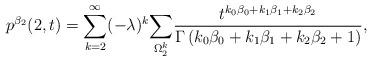
LaTeX: \begin{align*}p^{\beta_2}(2,t)=\sum_{k=2}^{\infty}(-\lambda)^k\underset{\Omega^{k}_{2}}{\sum}\frac{t^{k_0\beta_0+k_1\beta_1+k_2\beta_2}}{\Gamma\left(k_0\beta_0+k_1\beta_1+k_2\beta_2+1\right)},\end{align*}